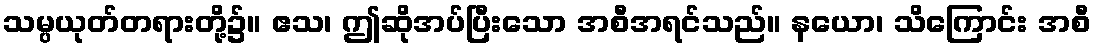
သမ္ပယုတ်တရားတို့၌။ ဧသ၊ ဤဆိုအပ်ပြီးသော အစီအရင်သည်။ နယော၊ သိကြောင်း အစီ